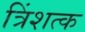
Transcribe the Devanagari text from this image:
त्रिंशत्क